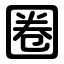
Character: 圈